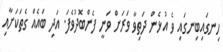
ހިނގައިބިނގައި ވެ އުޅެން ދަތިވާ ވަރަށް ވަނީ ފެންބޮދުވެފަ. އަދި ބައެއް ގެތަކަށާއި